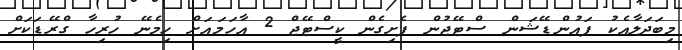
މިބަދަލާއެކު ފައުންޑޭޝަން ސްޓޭޖުން ފެށިގެން ކީސްޓޭޖް 2 އާހަމައަށް ހިމެނޭ ހުރިހާ ގްރޭޑަކަށް